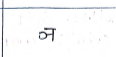
मजकूर: ञ